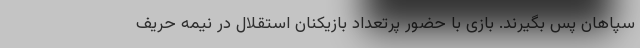
سپاهان پس بگیرند. بازی با حضور پرتعداد بازیکنان استقلال در نیمه حریف